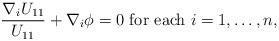
LaTeX: \begin{align*}\frac{\nabla_i U_{11}}{U_{11}} + \nabla_i \phi = 0 \mbox{ for each } i = 1, \ldots, n,\end{align*}